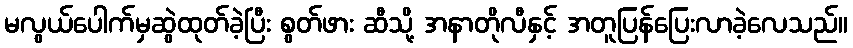
မလွယ်ပေါက်မှဆွဲထုတ်ခဲ့ပြီး စွတ်ဖား ဆီသို့ အနာတိုလီနှင့် အတူပြန်ပြေးလာခဲ့လေသည်။